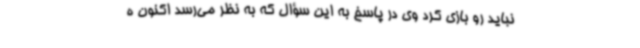
نباید رو بازی کرد وی در پاسخ به این سؤال که به نظر می‌رسد اکنون ه